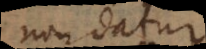
non datur.